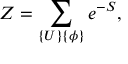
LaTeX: Z = \sum _ { \{ U \} \{ \phi \} } e ^ { - S } ,